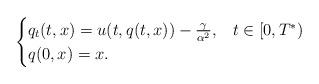
LaTeX: \begin{align*}\begin{cases} q_t(t,x) = u(t,q(t,x)) - \frac{\gamma}{\alpha^2}, & t \in [0,T^*) \\ q(0,x) = x. \\\end{cases}\end{align*}